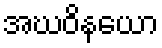
အဃဝိနယော